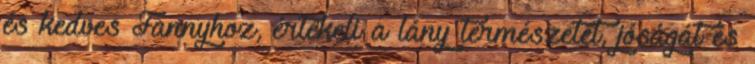
és kedves Fannyhoz, értékeli a lány természetét, jóságát és